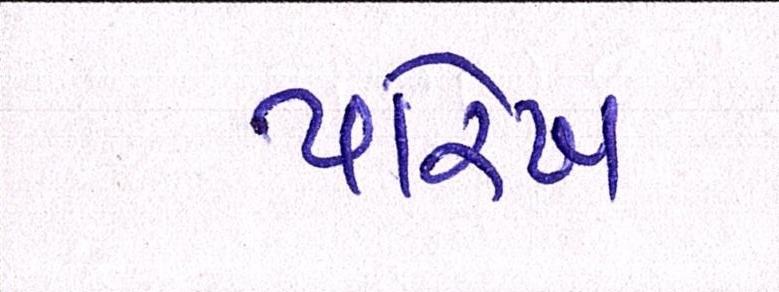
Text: પારેખ